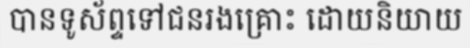
បានទូស័ព្ទទៅជនរងគ្រោះ ដោយនិយាយ